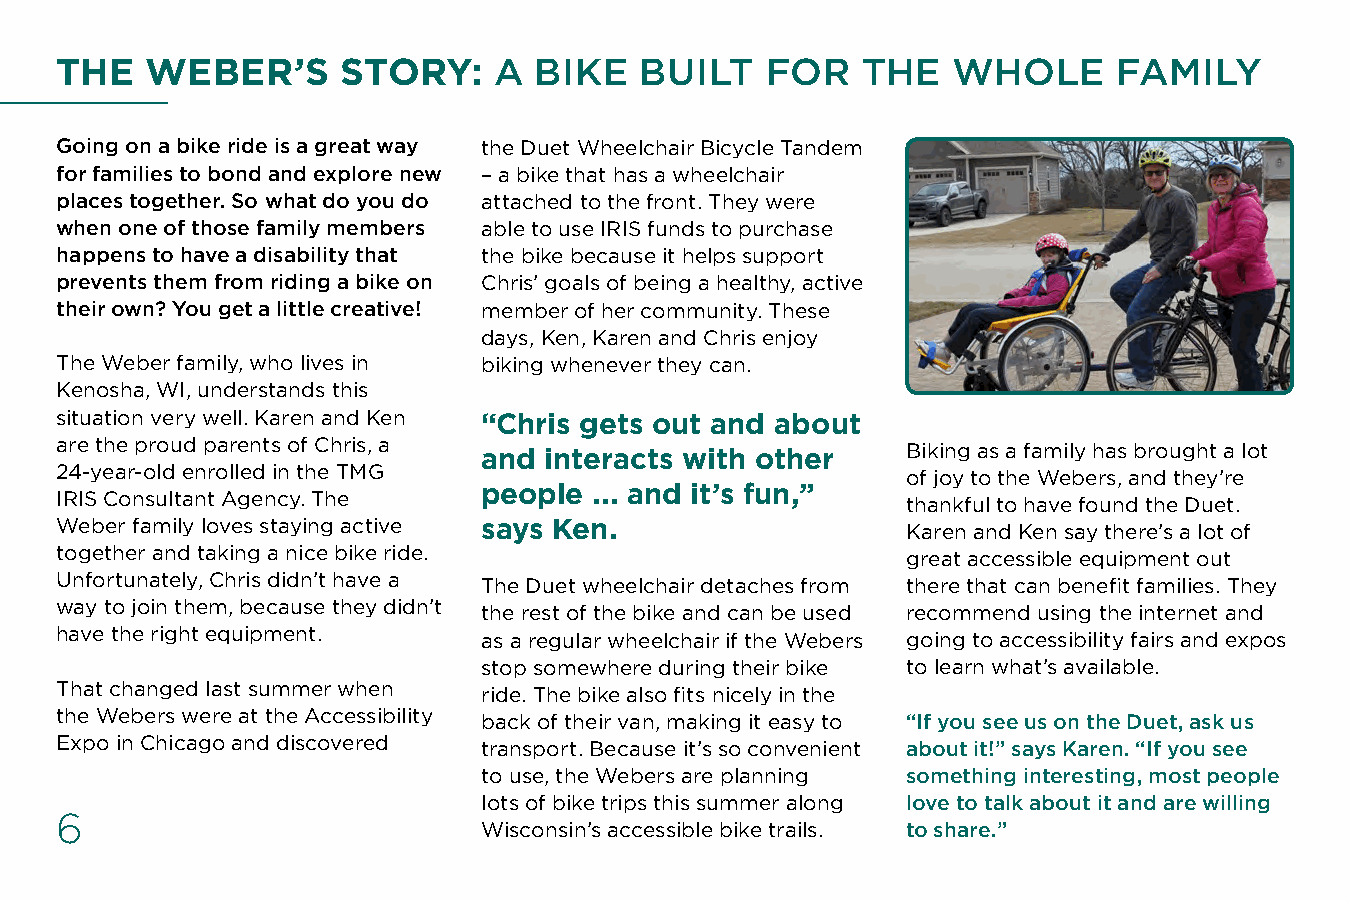
THE   WEBER’S      STORY:    A BIKE   BUILT    FOR   THE   WHOLE      FAMILY
 Going on a bike ride is a great way the Duet Wheelchair Bicycle Tandem
 for families to bond and explore new – a bike that has a wheelchair
 places together. So what do you do attached to the front. They were
 when one of those family members able to use IRIS funds to purchase
 happens to have a disability that the bike because it helps support
 prevents them from riding a bike on Chris’ goals of being a healthy, active
 their own? You get a little creative! member of her community. These
 days, Ken, Karen and Chris enjoy
 The Weber family, who lives in biking whenever they can.
 Kenosha, WI, understands this
 situation very well. Karen and Ken “Chris gets out and about
 are the proud parents of Chris, a                       Biking as a family has brought a lot
 and interacts with other
 24-year-old enrolled in the TMG                         of joy to the Webers, and they’re
 people ... and it’s fun,”
 IRIS Consultant Agency. The                             thankful to have found the Duet.
 Weber family loves staying active says Ken.             Karen and Ken say there’s a lot of
 together and taking a nice bike ride.                   great accessible equipment out
 Unfortunately, Chris didn’t have a The Duet wheelchair detaches from there that can benefit families. They
 way to join them, because they didn’t the rest of the bike and can be used recommend using the internet and
 have the right equipment.   as a regular wheelchair if the Webers going to accessibility fairs and expos
 stop somewhere during their bike to learn what’s available.
 That changed last summer when ride. The bike also fits nicely in the
 the Webers were at the Accessibility back of their van, making it easy to “If you see us on the Duet, ask us
 Expo in Chicago and discovered transport. Because it’s so convenient about it!” says Karen. “If you see
 to use, the Webers are planning something interesting, most people
 lots of bike trips this summer along love to talk about it and are willing
 6
 Wisconsin’s accessible bike trails. to share.”